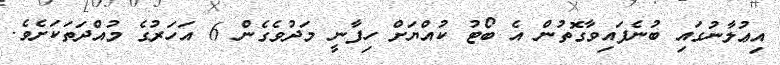
އިޢުލާނުގައި ބުނެފައިވާގޮތުން އެ ބޯޓު ކުއްޔަށް ހިފާނީ މަދުވެގެން 6 އަހަރުގެ މުއްދަތަކަށެވެ.